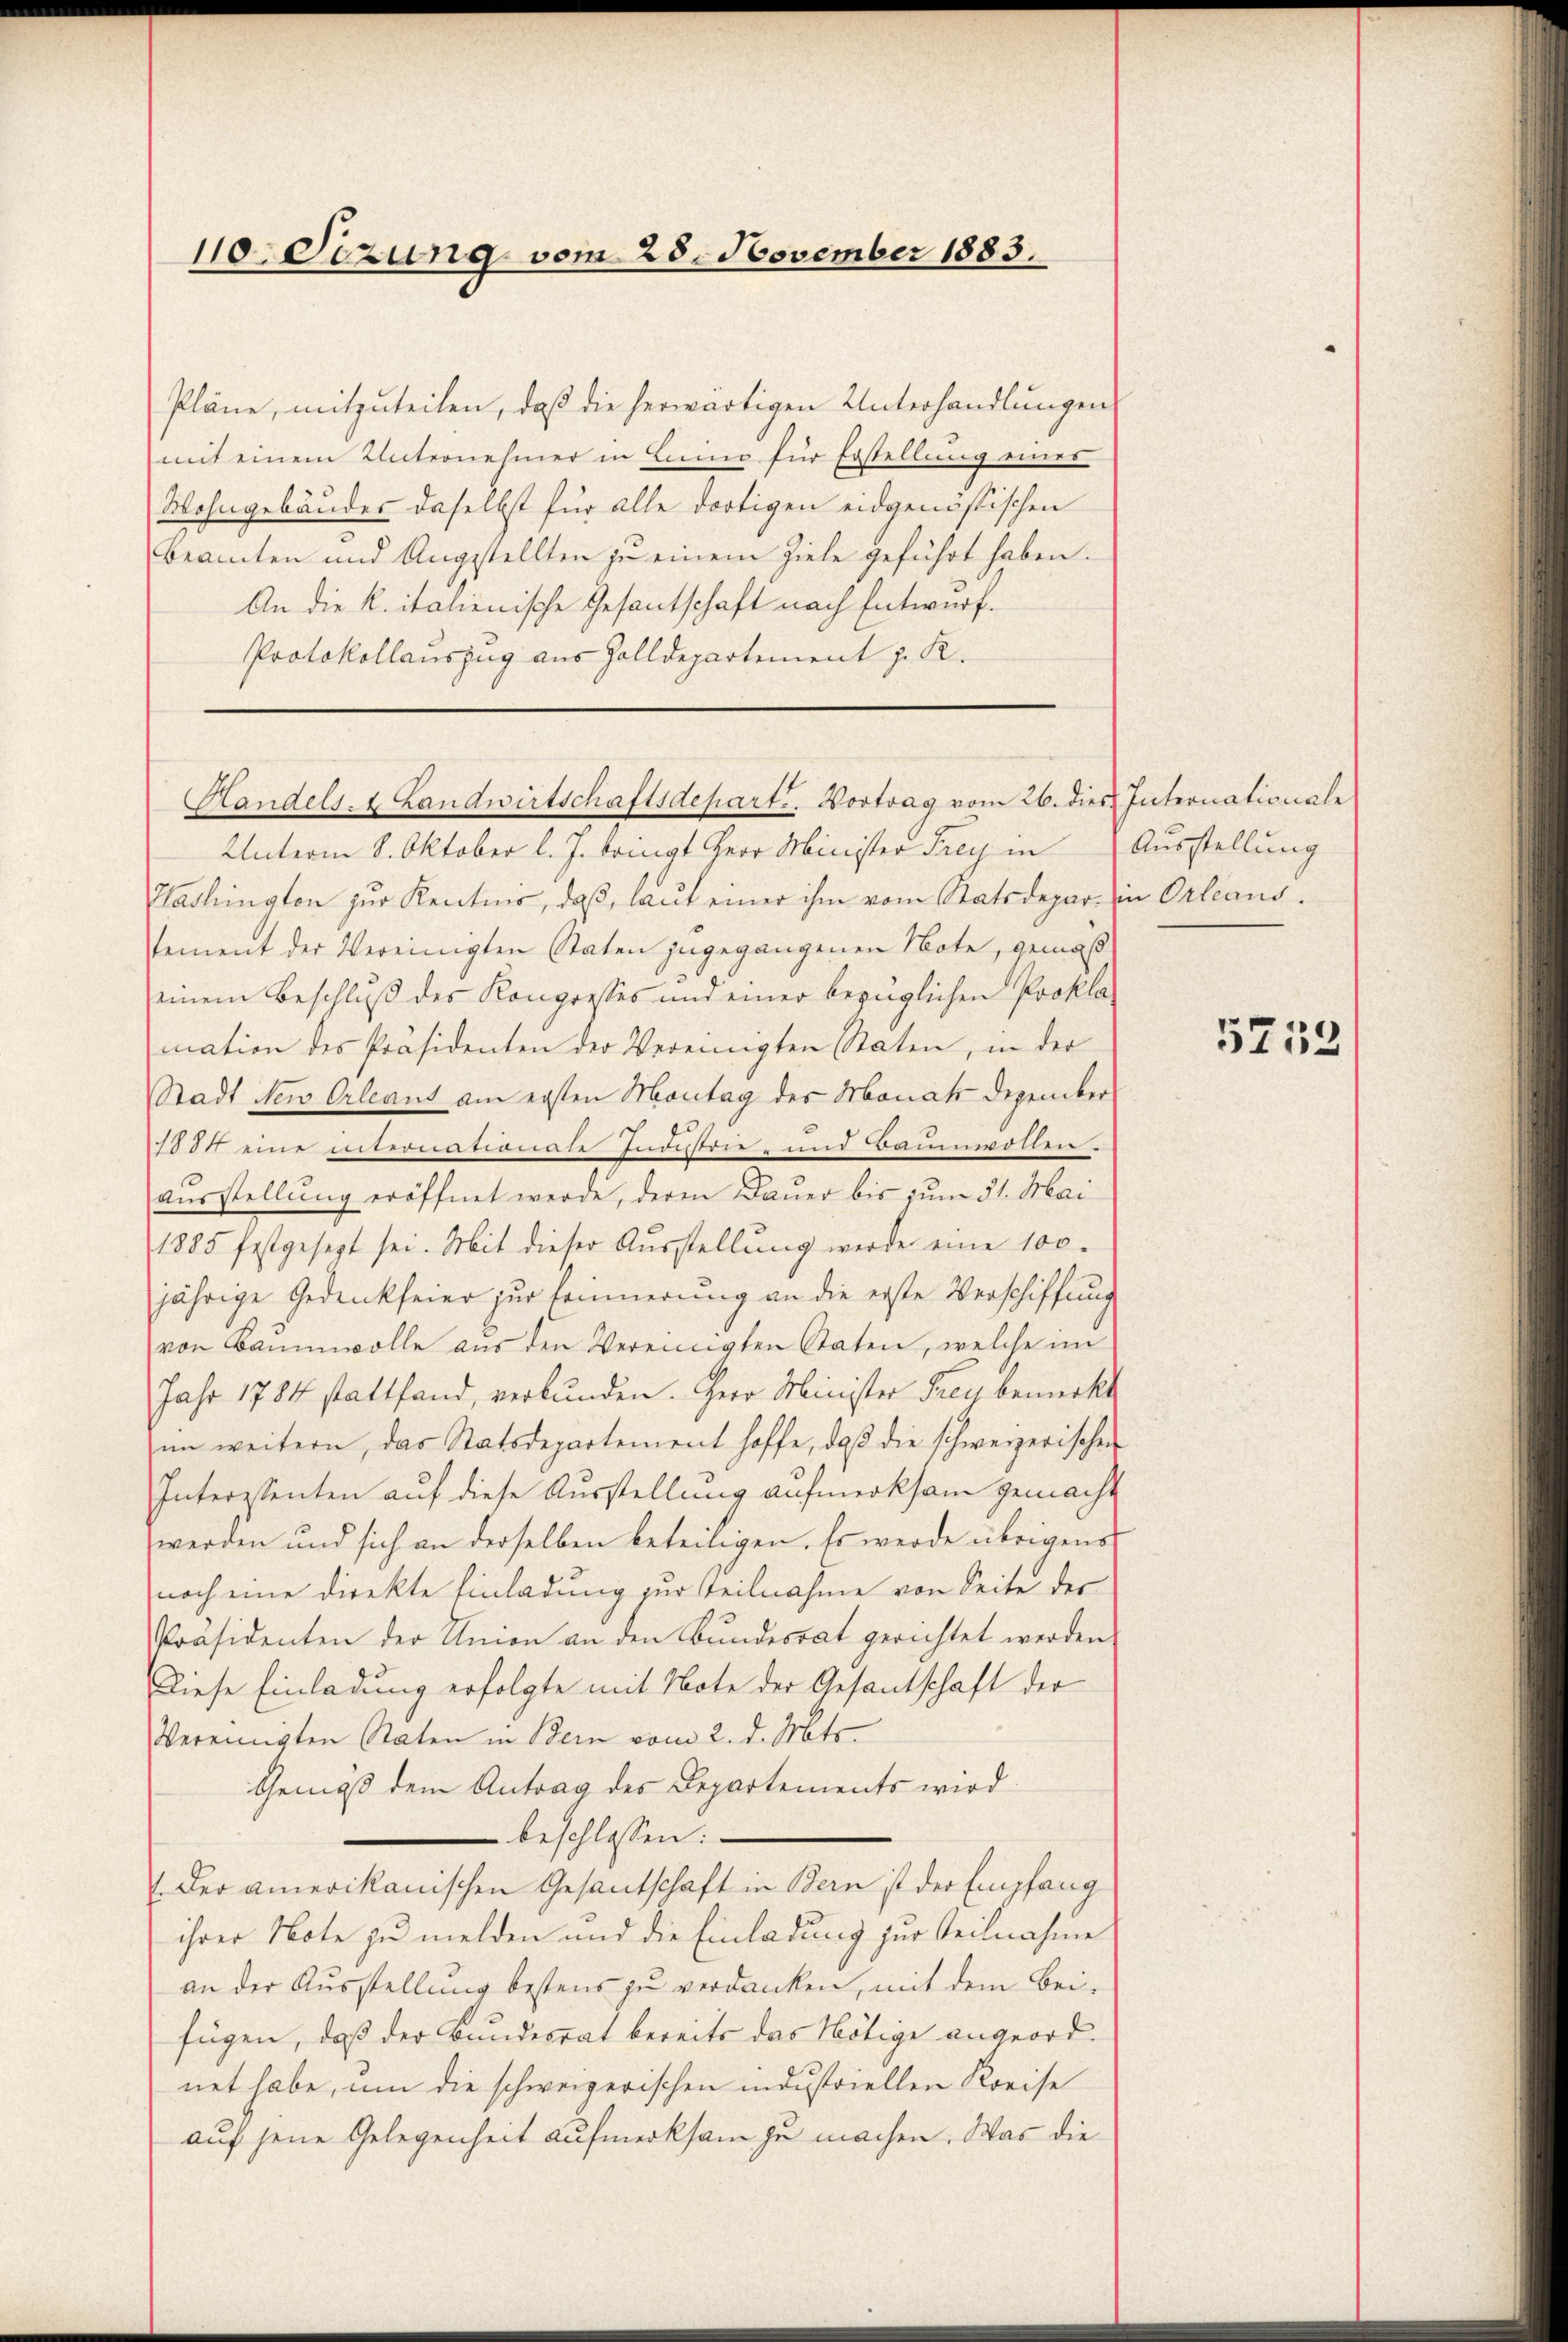
110. Sezung vom 25. November 1883.

Pläne, mitzuteilen, daß die herwärtigen Unterhandlungen
mit einem Unternehmer in Licino für Erstellung eines
Wohngebäudes daselbst für alle dortigen eidgenössischen
beamten und Angestellten zu einem Ziele geführt haben.
An die k. italienische Gesantschaft nach Entwurf.
Protokollauszug aus Zolldepartement z. K.

Unterm 8. Oktober l. J. bringt Herr Minister Frey in
Washington zur Kentnis, daß, laut einer ihm vom Statsdepar- in Orleans
sement der Vereinigten Staten zugegangenen Note, gemäß
einem Beschluß des Kongresses und einer bezüglichen Proklamation des Präsidenten der Vereinigten Staten, in der
Stadt New Orleant am ersten Montag des Monat Dezember
1881 eine internationate Industrie- und Baumwollen.
ausstellung eröffnet werde, deren Dauer bis zum 31. Mai
1885 festgesezt sei. Mit dieser Aŭsstellŭng werde eine 100.
jährige Gedenkfeier zur Erinnerung an die erste Verschiffung
von Baumwolle aus den Vereinigten Staten, welche im
Jahr 1784 stattfand, verbunden. Herr Minister Treu bemerkt
im weitern, das Statsdepartement hoffe, daβ die schweizerischen
Interestenten auf diese Ausstellung aufmerksam gemacht
werden und sich an derselben beteiligen. Es werde übrigens
noch eine direkte Einladung zur Teilnahme von Seite der
Präsidenten der Union an den Bundesrat gerichtet werden
Diese Einladung erfolgte mit Note der Gesantschaft der
Vereinigten Raten in Bein vom 2. d. Mts.
Gemäß dem Antrag des Departements wird
beschlossen:
(Der amerikanischen Gesantschaft in Bern ist der Empfang
ihrer Note zu melden und die Einladung zur Teilnahme
an der Ausstellung bestens zu verdanken, mit dem Bei-
fügen, daß der Bundesrat bereits das Nötige angeordnet habe, um die schweizerischen industriellen Kreise
auf jene Gelegenheit aufmerksam zu machen. Was die

Handels- & Landwirtschaftsdepart. Vortrag vom 26. dies Internationale

Ausstellung

5752